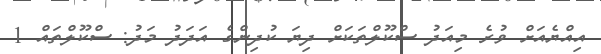
އިއްޔެއަށް ވުރެ މިއަދު ސްކޫލްތަކަށް ދިޔަ ކުދިންގެ އަދަދު މަދު: ސްކޫލްތައް 1